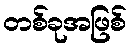
တစ်ခုအဖြစ်